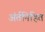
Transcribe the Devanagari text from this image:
अंर्तनिहित